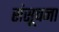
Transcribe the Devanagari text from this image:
संसूचना